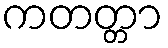
ကတတ္တာ